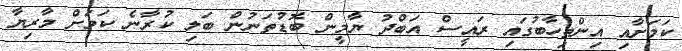
ކަމަށާއި އިންތިހާބުގައި ރައީސް އަބްދު ޔާމީން ބޮޑުތަނުން ބަލި ކުރާނެ ކަމަށް މާރިޔާ